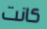
كانت